Note on elephants in Burma, with a description of their equipment
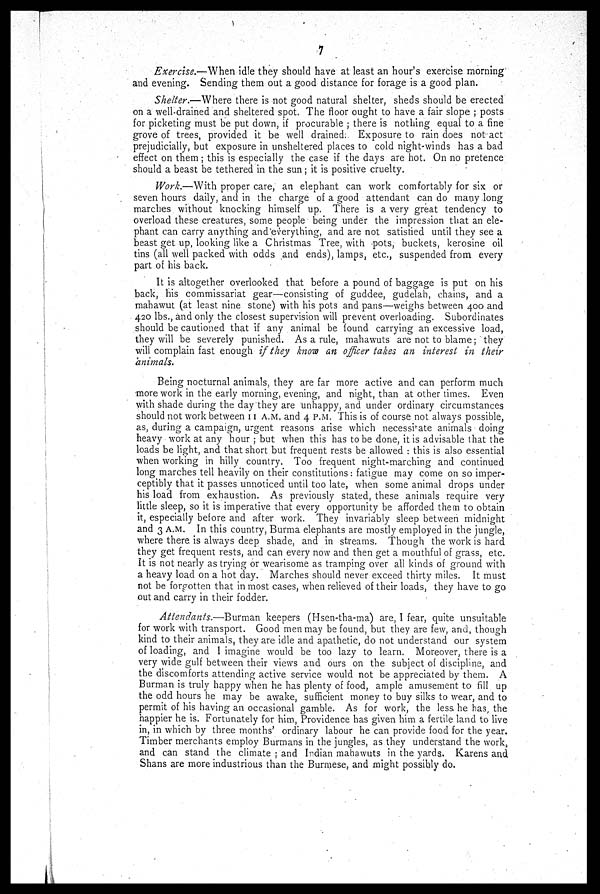
7
Exercise.—When idle they should have at least an hour's exercise morning
and evening. Sending them out a good distance for forage is a good plan.
Shelter.—Where there is not good natural shelter, sheds should be erected
on a well-drained and sheltered spot. The floor ought to have a fair slope ; posts
for picketing must be put down, if procurable ; there is nothing equal to a fine
grove of trees, provided it be well drained: Exposure to rain does not act
prejudicially, but exposure in unsheltered places to cold night-winds has a bad
effect on them; this is especially the case if the days are hot. On no pretence
should a beast be tethered in the sun; it is positive cruelty.
Work.—With proper care, an elephant can work comfortably for six or
seven hours daily, and in the charge of a good attendant can do many long
marches without knocking himself up. There is a very great tendency to
overload these creatures, some people being under the impression that an ele-
phant can carry anything and everything, and are not satisfied until they see a
beast get up looking like a Christmas Tree, with pots, buckets, kerosine oil
tins (all well packed with odds and ends), lamps, etc., suspended from every
part of his back.
It is altogether overlooked that before a pound of baggage is put on his
back, his commissariat gear—consisting of guddee, gudelah, chains, and a
mahawut (at least nine stone) with his pots and pans—weighs between 400 and
420 lbs., and only the closest supervision will prevent overloading. Subordinates
should be cautioned that if any animal be found carrying an excessive load,
they will be severely punished. As a rule, mahawuts are not to blame; they
will complain fast enough if they know an officer takes an interest in their
animals.
Being nocturnal animals, they are far more active and can perform much
more work in the early morning, evening, and night, than at other times. Even
with shade during the day they are unhappy, and under ordinary circumstances
should not work between 11 A.M. and 4 P.M. This is of course not always possible,
as, during a campaign, urgent reasons arise which necessitate animals doing
heavy work at any hour ; but when this has to be done, it is advisable that the
loads be light, and that short but frequent rests be allowed : this is also essential
when working in hilly country. Too frequent night-marching and continued
long marches tell heavily on their constitutions: fatigue may come on so imper-
ceptibly that it passes unnoticed until too late, when some animal drops under
his load from exhaustion. As previously stated, these animals require very
little sleep, so it is imperative that every opportunity be afforded them to obtain
it, especially before and after work. They invariably sleep between midnight
and 3 A.M. In this country, Burma elephants are mostly employed in the jungle,
where there is always deep shade, and in streams. Though the work is hard
they get frequent rests, and can every now and then get a mouthful of grass, etc.
It is not nearly as trying or wearisome as tramping over all kinds of ground with
a heavy load on a hot day. Marches should never exceed thirty miles. It must
not be forgotten that in most cases, when relieved of their loads, they have to go
out and carry in their fodder.
Attendants.—Burman keepers (Hsen-tha-ma) are, I fear, quite unsuitable
for work with transport. Good men may be found, but they are few, and, though
kind to their animals, they are idle and apathetic, do not understand our system
of loading, and I imagine would be too lazy to learn. Moreover, there is a
very wide gulf between their views and ours on the subject of discipline, and
the discomforts attending active service would not be appreciated by them. A
Burman is truly happy when he has plenty of food, ample amusement to fill up
the odd hours he may be awake, sufficient money to buy silks to wear, and to
permit of his having an occasional gamble. As for work, the less he has, the
happier he is. Fortunately for him, Providence has given him a fertile land to live
in, in which by three months' ordinary labour he can provide food for the year.
Timber merchants employ Burmans in the jungles, as they understand the work,
and can stand the climate ; and Indian mahawuts in the yards. Karens and
Shans are more industrious than the Burmese, and might possibly do.